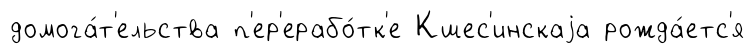
домога́т'ельства п'ер'ерабо́тк'е Кшес'инскаjа рожда́етс'я